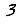
Digit: 3